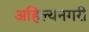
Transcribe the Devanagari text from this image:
अहिल्यनगरी